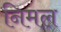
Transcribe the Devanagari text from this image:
निमल